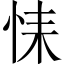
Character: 𢙩